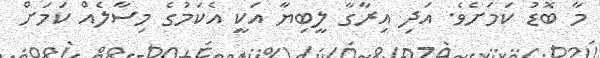
މާ ބޮޑު ކަމަށެވެ. އަދި އިރާގާ ލީބިޔާ އަކީ އެކަމުގެ މިސާލެއް ކަމަށް